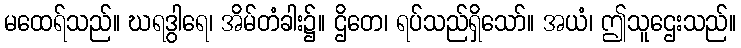
မထေရ်သည်။ ဃရဒွါရေ၊ အိမ်တံခါး၌။ ဌိတေ၊ ရပ်သည်ရှိသော်။ အယံ၊ ဤသူဌေးသည်။